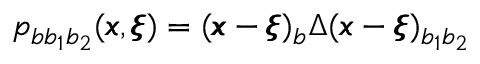
p _ { b b _ { 1 } b _ { 2 } } ( { \pmb x } , { \pmb \xi } ) = ( { \pmb x } - { \pmb \xi } ) _ { b } \Delta ( { \pmb x } - { \pmb \xi } ) _ { b _ { 1 } b _ { 2 } }